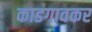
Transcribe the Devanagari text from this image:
काडगावकर